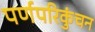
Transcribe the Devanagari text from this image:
पर्णपरिकुंचन